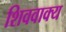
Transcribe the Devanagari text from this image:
शिववाक्य